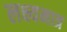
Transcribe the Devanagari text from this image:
लक्ष्यमात्र